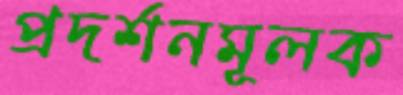
প্রদর্শনমূলক